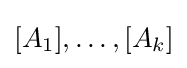
[A_{1}],\dots ,[A_{k}]